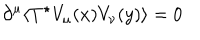
LaTeX: \partial ^ { \mu } \langle T ^ { \star } V _ { \mu } ( x ) V _ { \nu } ( y ) \rangle = 0